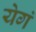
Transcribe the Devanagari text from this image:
येगं